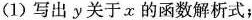
(1)写出y关于x的函数解析式；